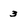
Character: 3